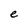
Character: e